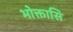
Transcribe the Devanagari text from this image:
भोक्तासि